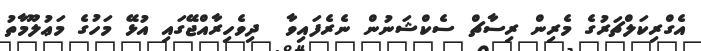
އެގްރިކަލްޗަރުގެ މެރިން ރިސާޗް ސެކްޝަނުން ނެރެފައިވާ  ދިވެހިރާއްޖޭގައި އުޅޭ މަހުގެ މަޢުލޫމާތު